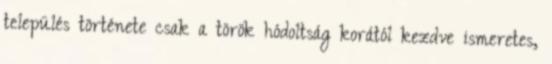
település története csak a török hódoltság korától kezdve ismeretes,